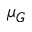
\mu _ { G }